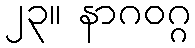
၂၃။ နာဂဝဂ္ဂ